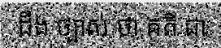
ដឹង ច្បាស់ ថា គតិ ជា